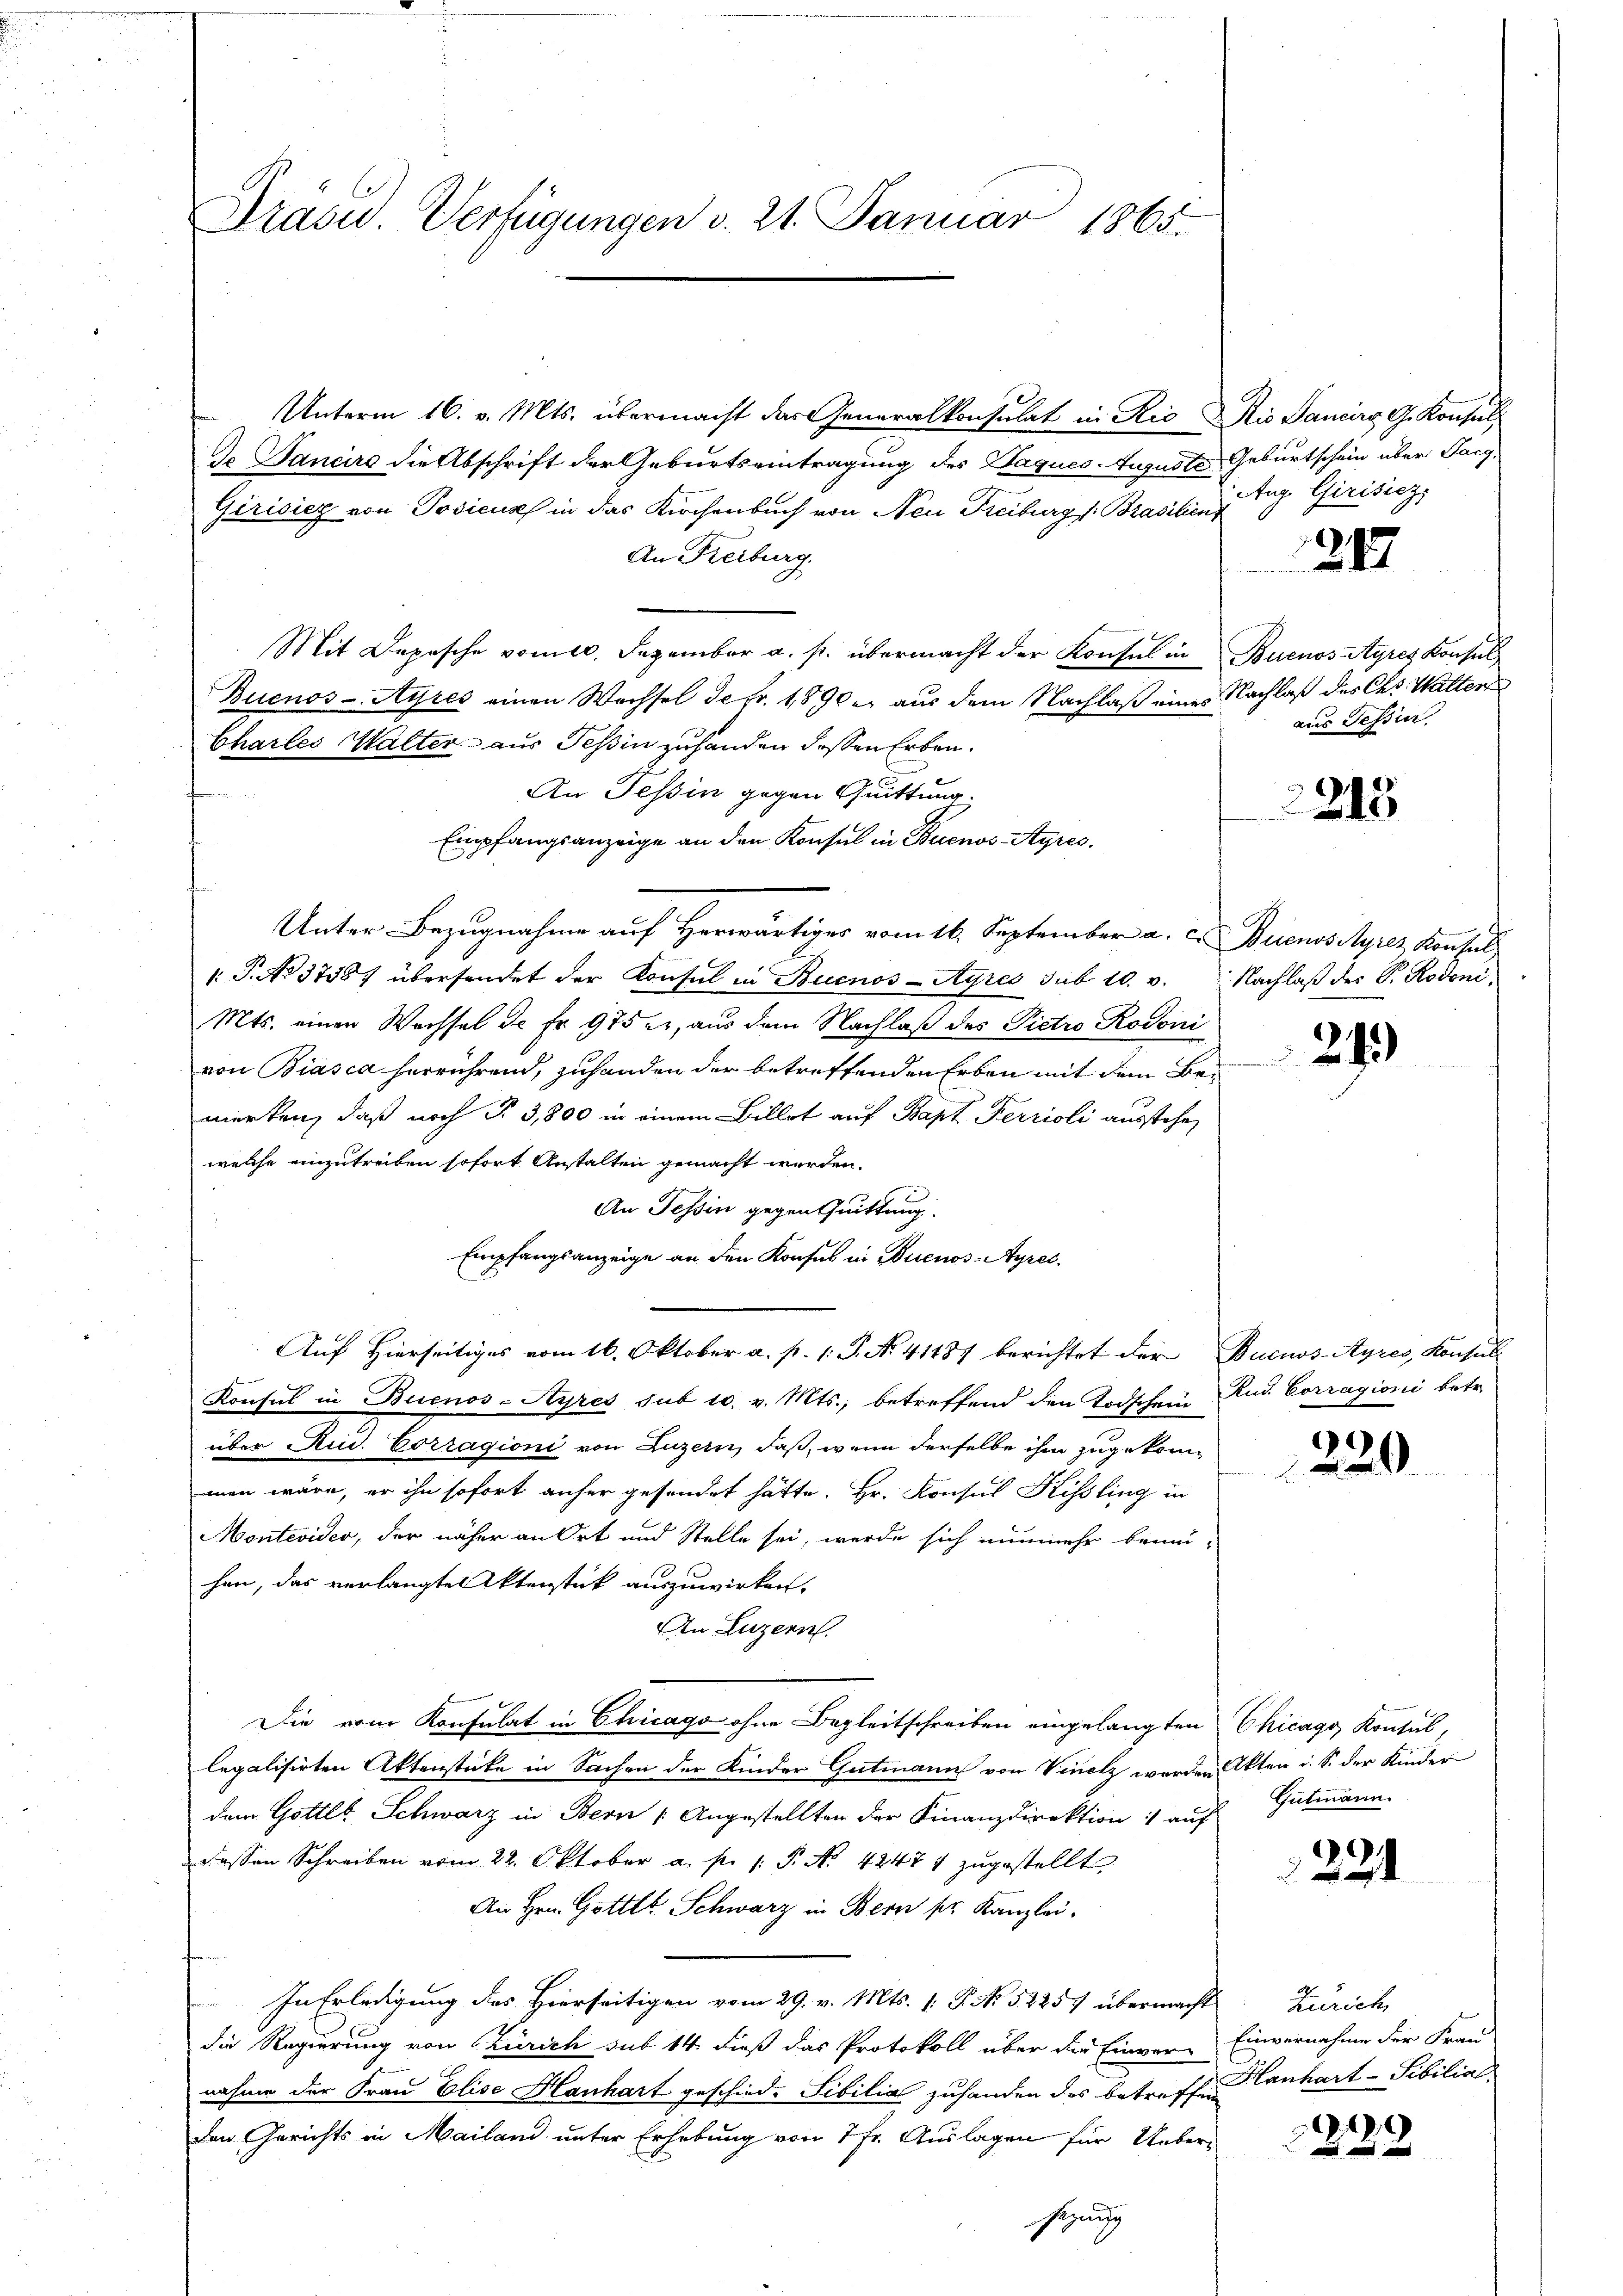
Drasu. Verfügungen v. 21. Januar 1865.

Unterm 16. v. Mts. übermacht das Generalkonsulat in Rio Rio Sancirs G. Konsul
de Danciers die Abschrift der Geburtseintragung des Staques Auguste Geburtschein über Jacg-
Girisiez von Podienz in das Kirchenbuch von Neu Freiburg (Brasilien
An Freiburg.
Mit Depesche vom 10. Dezember a. p. übermacht der Konsul in
Buenos-Ayres einen Wechsel de fr. 1890 e. aus dem Nachlaß eines Nachlaß des Chr. Walter
Charles Walter aus Tessin zuhanden dessen Erben.
de an
An Tessin gegen Quittung.
Empfangsanzeige an den Konsul in Buenos-Ayres.
Unter Bezugnahme auf Herwärtiges vom 16. September a. Buenos Ayres Konsul-
1.P. No 3758) übersendet der Konsul in Buenos-Ayres sub 10. v.
Mts. einen Wechsel de Fr. 975 er, aus dem Nachlaß des Pietro Rodoni
von Biasca herrührend, zuhanden der betreffenden Erbau mit dem Bemerken, daß nach § 3,800 in einem Billet auf Bapt Ferrioli ausstehen
welche einzutreiben sofort Anstalten gemacht werden.
An Tessin gegen Quittung.
Empfangsanzeige an den Konsus in Buenos-Ayres
Auf Hierseitiges vom 16. Oktober a. p. 1. P. N. 41487 berichtet der Bucuos-Ayres, Konsul-
Konsul in Buenos-Ayres sub 10. v. Mts., betreffend den Todschein Rud. Corragioni betr.
über Rud. Corragioni von Luzern, daß, wenn derselbe ihm zugekommen wäre, er ihn sofort anher gesondet hätte. Hr. Konsul Kissling in
Montevider, der näher an Ort und Stelle sei, werde sich nunmehr bene-
hen, das verlangten Aktenstück auszuwirken.
An Luzern
Die vom Konsulat in Chicago ohne Begleitschreiben eingelangten
legalisirten Aktenstücke in Sachen der Kinder Gutmann von Vinelz werden Akten i. S. der Kinder
dem Gottes Schwarz in Bern / Angestellten der Finanzdirektion: auf
dessen Schreiben vom 22. Oktober a. p. 1. P. Nr. 42477 zugestellt
An Hrn. Gottes Schwarz in Bern der Kanzlei.

In Erledigung des Hierseitigen vom 29. v. Mts. 1. P. No 52257 übermacht Zürich,
die Regierung von Zürich sub 14 dieß das Protokoll über die Einver- Einvernahme der Frau
nahme der Frau Elise Hanhart geschied. Sibilial zuhanden das betreffen anhart-Sibilial
den Gerichts in Mailand unter Erhebung von 7 fr. Auslagen für Ueber-
sezung

Aug. Girisicz

217

Buenos-Ayres Konsul
aus Tessin

215

Nachlaß der Sr. Rodoni,

213

)
20

Chicago Kontul,
Gutmann

221

199